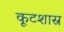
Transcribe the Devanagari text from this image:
कूटशास्र